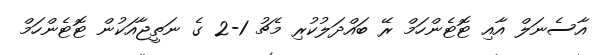
އާސެނަލް އާއި ޓޮޓެންހަމް ރޭ ބައްދަލުކުރި މެޗު 1-2 ގެ ނަތީޖާއަކުން ޓޮޓެންހަމް